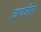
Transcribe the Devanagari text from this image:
बायवॉल